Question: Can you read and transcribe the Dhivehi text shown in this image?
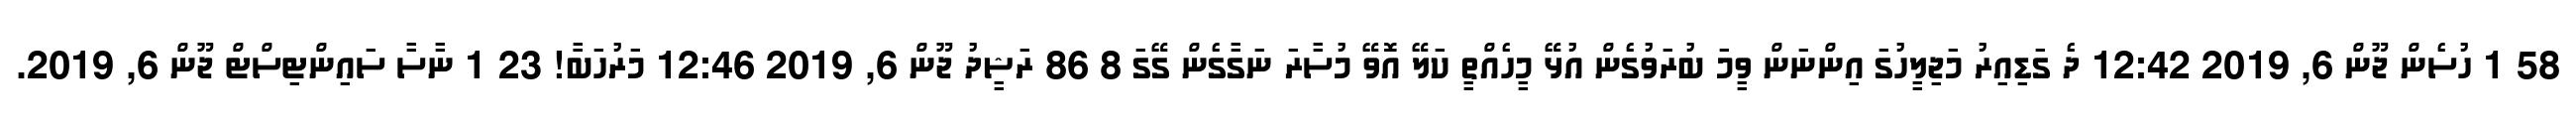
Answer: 58 1 ހުސެން ޖޫން 6, 2019 12:42 ދެ ގަޑިއިރު މަޖިލީހުގަ އިންނަން ވީމަ ބުރަވުގެން އުޅޭ މީހެއްތީ ކަލޭ އޮވޭ މުސާރަ ނަގާގެން ގޭގަ 8 86 ރަޝީދު ޖޫން 6, 2019 12:46 މަރުހަބާަ! 23 1 ނާސާ ސައިންޓިސްޓް ޖޫން 6, 2019.